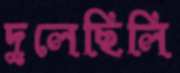
দুলেছিলি